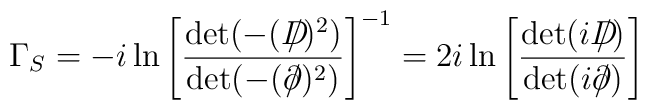
\Gamma_{S}  =  -i \ln\left[{\det(-(D\!\!\!\!\slash)^{2})\over \det(-(\partial\!\!\!\slash)^{2})}\right]^{-1}  =  2i \ln\left[{\det(iD\!\!\!\!\slash)\over \det(i\partial\!\!\!\slash)}\right]